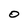
Character: O